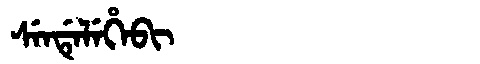
Manchu: ᠰᡝᠨᡩᡝᠯᡝᡥᡝᠪᡳ
Romanization: SENDELEHEBI